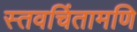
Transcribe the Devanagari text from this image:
स्तवचिंतामणि